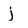
Character: j